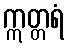
ဣတ္တရံ